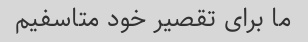
ما برای تقصیر خود متاسفیم